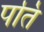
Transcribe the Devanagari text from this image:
पति